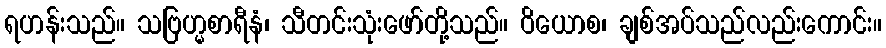
ရဟန်းသည်။ သဗြဟ္မစာရီနံ၊ သီတင်းသုံးဖော်တို့သည်။ ဝိယောစ၊ ချစ်အပ်သည်လည်းကောင်း။